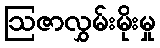
ဩဇာလွှမ်းမိုးမှု